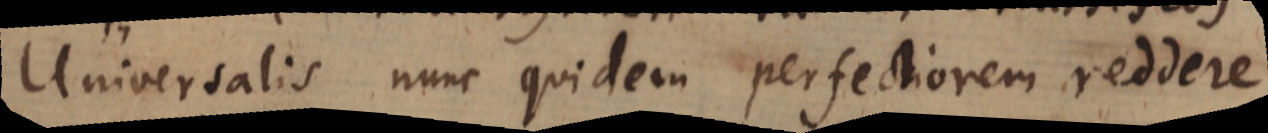
Universalis nunc quidem perfectiorem reddere